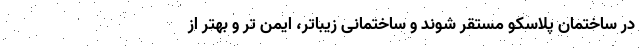
در ساختمان پلاسکو مستقر شوند و ساختمانی زیباتر، ایمن تر و بهتر از